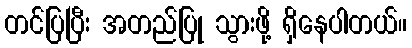
တင်ပြပြီး အတည်ပြု သွားဖို့ ရှိနေပါတယ်။